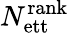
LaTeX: N_{\mathrm{ett}}^{\mathrm{rank}}